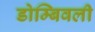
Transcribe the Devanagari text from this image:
डोम्बिवली